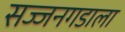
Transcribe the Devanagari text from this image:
सज्जनगडाला